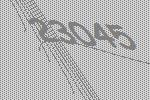
23045